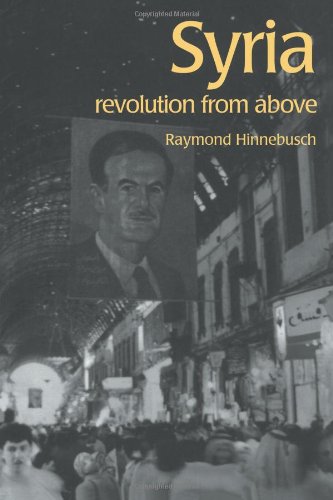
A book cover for Syria: Revolution From Above (The Contemporary Middle East); Raymond Hinnebusch; History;